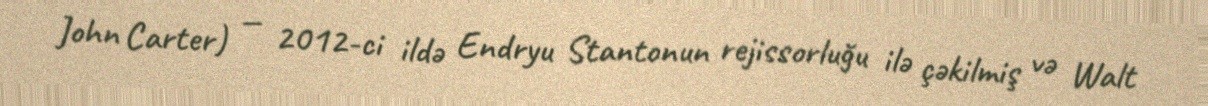
John Carter) — 2012-ci ildə Endryu Stantonun rejissorluğu ilə çəkilmiş və Walt